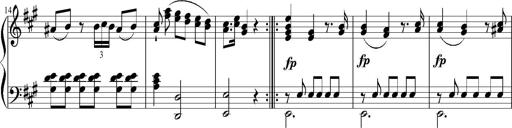
Title: 12 Sonatinas for Piano
Composer: Johann Baptist Vanhal